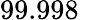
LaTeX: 99.998\